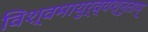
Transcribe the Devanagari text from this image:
विश्वमायुर्व्यश्नुताम्‌